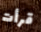
قرأت